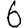
Digit: 6